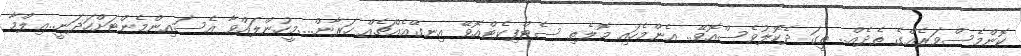
ކޮންމެސްވަރެއްގެ ތެދެއް.. ތީގަ ދެކޮލުވެސްއޮވޭ.. އެންމެހައި މޮލެތި ސެޓްފިކެޓްއޮވޭ އިނގޭއެއްޗެއް ހަރާން....މީހުންލައްވާ އެސައިންމެންޓަށްހަދަނީ..ޢިލްމާ